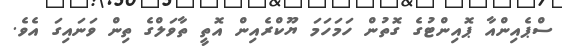
ސްޕެއިންއާ ޕޮއިންޓުގެ ގޮތުން ހަމަހަމަ ޔޫކްރެއިން އޮތީ ތާވަލްގެ ތިން ވަނައިގަ އެވެ.